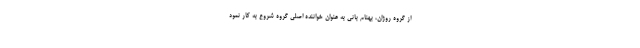
از گروه روژان، بهنام بانی به عنوان خواننده اصلی گروه شروع به کار نمود